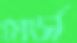
মোর্স